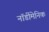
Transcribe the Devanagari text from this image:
नॉर्डीमेनिक